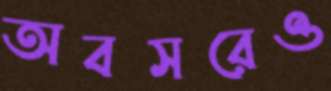
অবসরেও